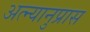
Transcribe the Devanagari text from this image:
अत्न्यानुप्रास